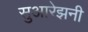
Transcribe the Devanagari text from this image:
सुआरेझनी